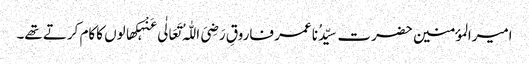
امیرالمؤمنین حضرت سیِّدُنا عمر فاروقِ رَضِیَ اللّٰہُ تَعَالٰی عَنْہکھالوں کاکام کرتے تھے۔